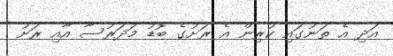
އަދި އެ ތަނުގައި ކުރިން އެ ރަށުގެ ބޮޑު މަދަރުސާ އާއި ރަށު